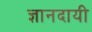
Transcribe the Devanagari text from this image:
ज्ञानदायी